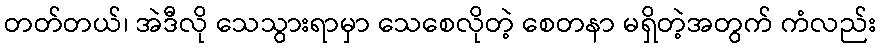
တတ်တယ်၊ အဲဒီလို သေသွားရာမှာ သေစေလိုတဲ့ စေတနာ မရှိတဲ့အတွက် ကံလည်း